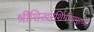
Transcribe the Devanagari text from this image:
श्रीशिखरशिंगणापूरच्या